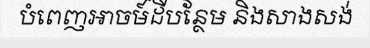
បំពេញអាចម៍ដីបន្ថែម និងសាងសង់